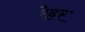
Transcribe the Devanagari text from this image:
रेहर